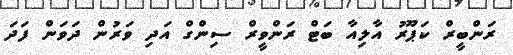
ރަންބީރް ކަޕޫރު އާލިއާ ބަޓް ރަންވީރް ސިންގް އަދި ވަރުން ދަވަން ފަދަ